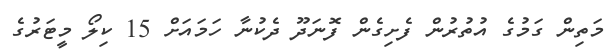
މަތިން ގަމުގެ އުތުރުން ފެށިގެން ފޮނަދޫ ދެކުނާ ހަމައަށް 15 ކިލޯ މީޓަރުގެ